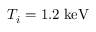
T _ { i } = 1 . 2 \; \mathrm { k e V }